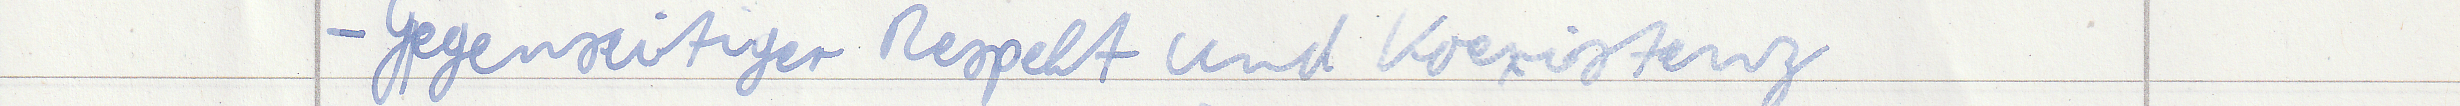
- Gegenseitiger Respekt und Koexistenz